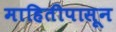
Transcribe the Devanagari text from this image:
माहितीपासून